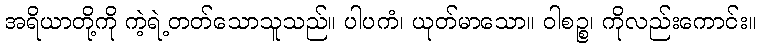
အရိယာတို့ကို ကဲ့ရဲ့တတ်သောသူသည်။ ပါပကံ၊ ယုတ်မာသော။ ဝါစဉ္စ၊ ကိုလည်းကောင်း။